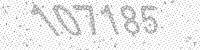
Solution: 107185